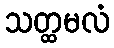
သတ္ထမလံ